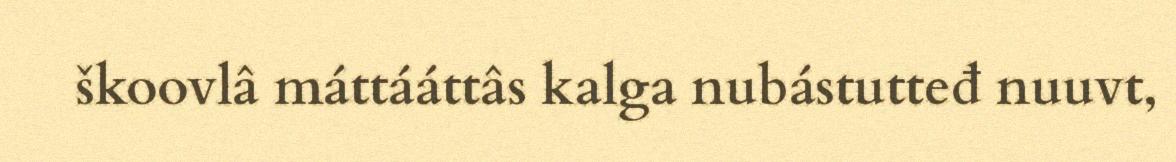
škoovlâ máttááttâs kalga nubástutteđ nuuvt,